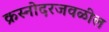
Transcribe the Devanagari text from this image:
क्रस्नोदरजवळील